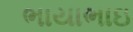
ભાયાભાઇ